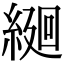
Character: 𦂆